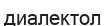
диалектол